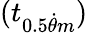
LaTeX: (t_{0.5\dot{\theta}m})